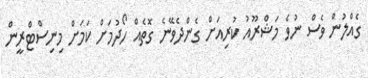
ގެއްލުން ވެސް ނުވެ މަޝްރޫއު ކުރިއަށް ގެންދެވޭނެ ގޮތެއް ހޯދުމަށް ކަމަށް މިނިސްޓްރީން